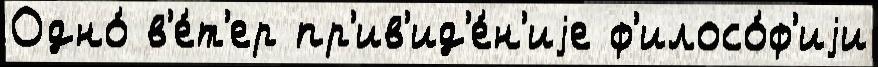
Одно́ в'е́т'ер пр'ив'ид'е́н'иjе ф'илосо́ф'иjи